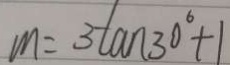
m = 3 \tan 3 0 ^ { \circ } + 1